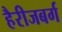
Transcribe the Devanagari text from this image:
हैरीजबर्ग